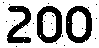
200